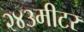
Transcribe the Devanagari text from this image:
२४३मीटर